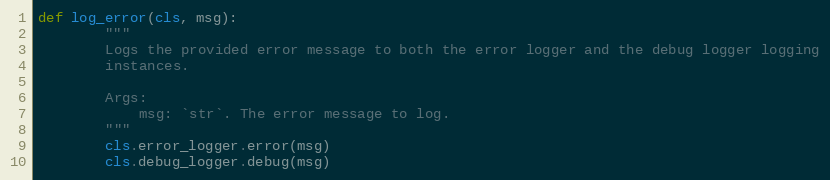
Language: Python
def log_error(cls, msg):
        """
        Logs the provided error message to both the error logger and the debug logger logging
        instances.

        Args:
            msg: `str`. The error message to log.
        """
        cls.error_logger.error(msg)
        cls.debug_logger.debug(msg)